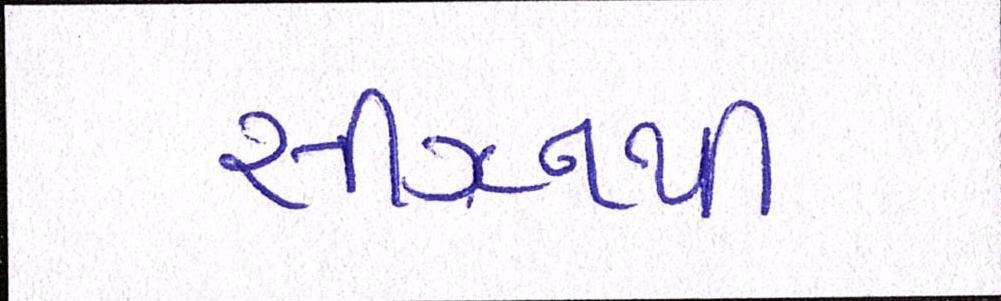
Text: સીઝનથી